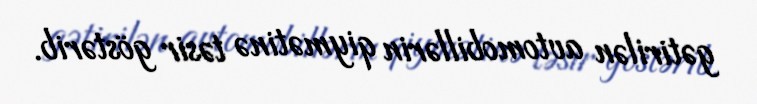
gətirilən avtomobillərin qiymətinə təsir göstərib.